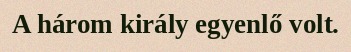
A három király egyenlő volt.